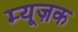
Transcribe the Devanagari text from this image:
म्यूज़क